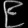
Digit: ၉